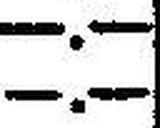
—.—